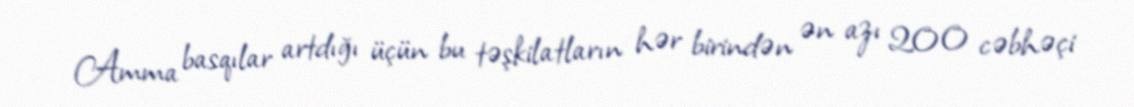
Amma basqılar artdığı üçün bu təşkilatların hər birindən ən azı 200 cəbhəçi